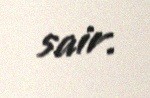
sair.